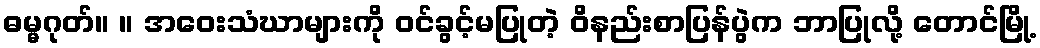
ဓမ္မဂုတ်။ ။ အဝေးသံဃာများကို ဝင်ခွင့်မပြုတဲ့ ဝိနည်းစာပြန်ပွဲက ဘာပြုလို့ တောင်မြို့